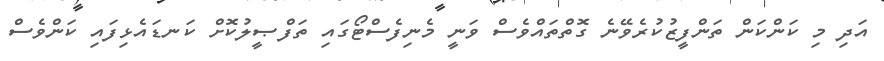
އަދި މި ކަންކަން ތަންފީޒުކުރެވޭނެ ގޮތްތައްވެސް ވަނީ މެނިފެސްޓޯގައި ތަފްޞީލުކޮށް ކަނޑައެޅިފައި ކަންވެސް